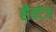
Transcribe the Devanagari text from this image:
सैवटेज